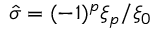
\hat { \sigma } = ( - 1 ) ^ { p } \xi _ { p } / \xi _ { 0 }